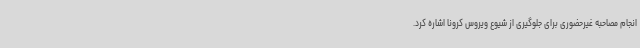
انجام مصاحبه غیرحضوری برای جلوگیری از شیوع ویروس کرونا اشاره کرد.